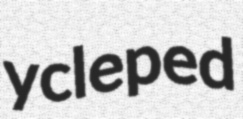
ycleped